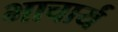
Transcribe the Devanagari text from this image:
भाचार्य